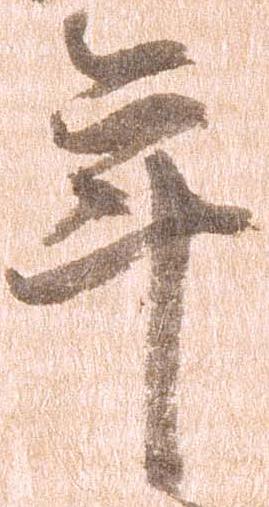
年